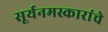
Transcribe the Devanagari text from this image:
सूर्यनमस्कारांचे